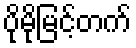
ပိုမိုမြင့်တက်